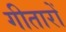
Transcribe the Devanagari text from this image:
गीतारों